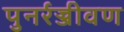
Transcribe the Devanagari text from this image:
पुनर्रज्जीवण